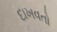
દાખવતો